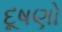
દૂષણો